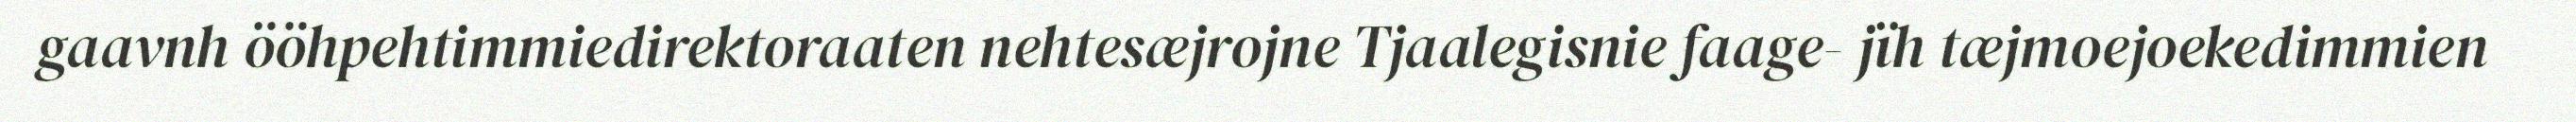
gaavnh ööhpehtimmiedirektoraaten nehtesæjrojne Tjaalegisnie faage- jïh tæjmoejoekedimmien